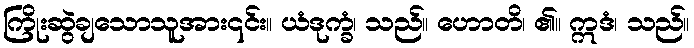
ကြိုးဆွဲချသောသူအား၎င်း။ ယံဒုက္ခံ၊ သည်။ ဟောတိ၊ ၏။ ဣဒံ၊ သည်။